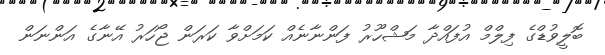
ބޮލީވުޑްގެ ފިލްމް އުފައްދާ މަޝްހޫރު ފަންނާނެއް ކަމަށްވާ ކަރަން ޖޯހަރު އޭނާގެ އަންނަން